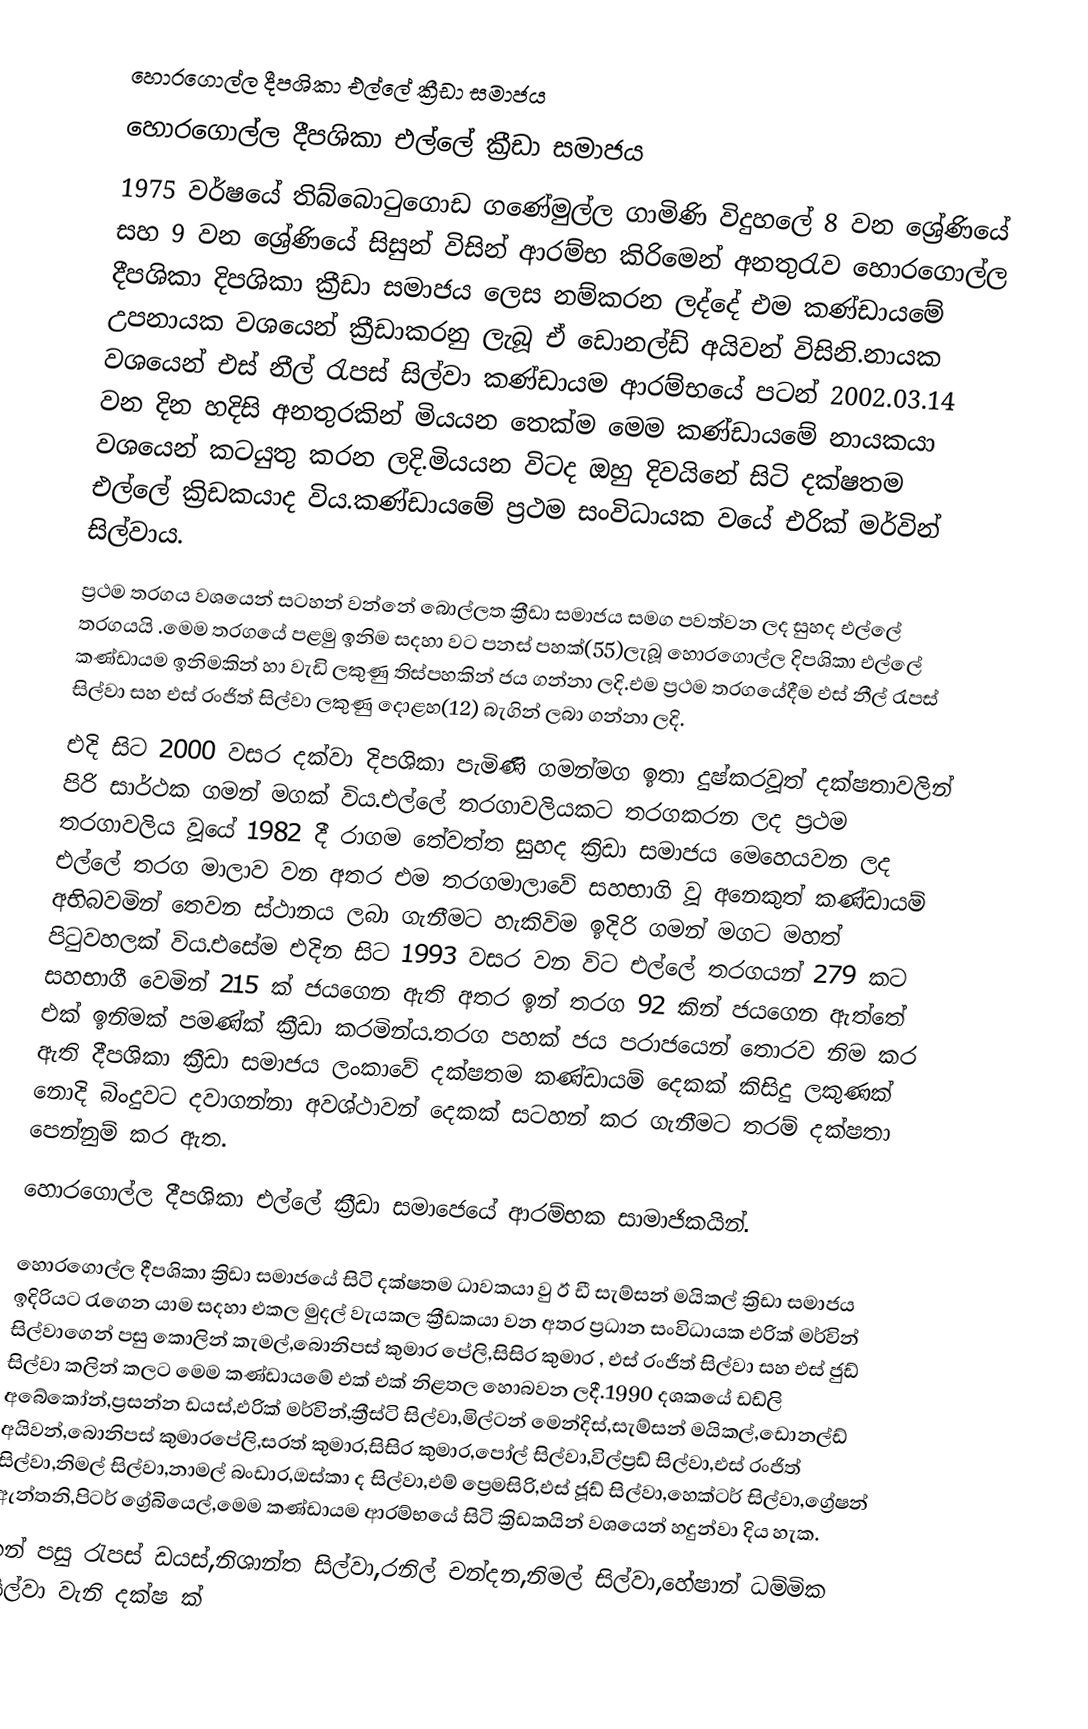
හොරගොල්ල දීපශිකා එල්ලේ ක්‍රීඩා සමාජය
හොරගොල්ල දීපශිකා එල්ලේ ක්‍රීඩා සමාජය
1975 වර්ෂයේ තිබ්බොටුගොඩ ගණේමුල්ල ගාමිණි විදුහලේ 8 වන ශ්‍රේණියේ සහ 9 වන ශ්‍රේණියේ සිසුන් විසින් ආරම්භ කිරිමෙන් අනතුරැව හොරගොල්ල දීපශිකා දිපශිකා ක්‍රීඩා සමාජය ලෙස නම්කරන ලද්දේ එම කණ්ඩායමේ උපනායක වශයෙන් ක්‍රීඩාකරනු ලැබූ  ඒ ඩොනල්ඩ් අයිවන් විසිනි.නායක වශයෙන් එස් නීල් රැපස් සිල්වා කණ්ඩායම ආරම්භයේ පටන් 2002.03.14 වන දින හදිසි අනතුරකින් මියයන තෙක්ම මෙම කණ්ඩායමේ නායකයා වශයෙන් කටයුතු කරන ලදි.මියයන විටද ඔහු දිවයිනේ සිටි දක්ෂතම එල්ලේ ක්‍රිඩකයාද විය.කණ්ඩායමේ ප්‍රථම සංවිධායක වයේ එරික් මර්වින් සිල්වාය.
ප්‍රථම තරගය වශයෙන් සටහන් වන්නේ බොල්ලත ක්‍රීඩා සමාජය සමග පවත්වන ලද සුහද එල්ලේ තරගයයි .මෙම තරගයේ පළමු ඉනිම සදහා වට පනස් පහක්(55)ලැබූ හොරගොල්ල දිපශිකා එල්ලේ කණ්ඩායම ඉනිමකින් හා වැඩි ලකුණු තිස්පහකින් ජය ගන්නා ලදි.එම ප්‍රථම තරගයේදීම එස් නීල් රැපස් සිල්වා සහ එස් රංජිත් සිල්වා ලකුණු දොළහ(12) බැගින් ලබා ගන්නා ලදි.
එදි සිට 2000 වසර දක්වා දිපශිකා පැමිණි ගමන්මග ඉතා දුෂ්කරවූත් දක්ෂතාවලින් පිරි සාර්ථක ගමන් මගක් විය.එල්ලේ තරගාවලියකට තරගකරන ලද ප්‍රථම තරගාවලිය වූයේ 1982 දී රාගම තේවත්ත සුහද ක්‍රිඩා සමාජය මෙහෙයවන ලද එල්ලේ තරග මාලාව වන අතර එම තරගමාලාවේ සහභාගි වූ අනෙකුත් කණ්ඩායම් අභිබවමින් තෙවන ස්ථානය ලබා ගැනීමට හැකිවිම ඉදිරි ගමන් මගට මහත් පිටුවහලක් විය.එසේම එදින සිට 1993 වසර වන විට එල්ලේ තරගයන් 279 කට සහභාගී වෙමින් 215 ක් ජයගෙන ඇති අතර ඉන් තරග 92 කින් ජයගෙන ඇත්තේ එක් ඉනිමක් පමණ්ක් ක්‍රීඩා කරමින්ය.තරග පහක් ජය පරාජයෙන් තොරව නිම කර ඇති දීපශිකා ක්‍රීඩා සමාජය ලංකාවේ දක්ෂතම කණ්ඩායම් දෙකක් කිසිදු ලකුණක් නොදි බිංදුවට දවාගන්නා අවශ්ථාවන් දෙකක් සටහන් කර ගැනීමට තරම් දක්ෂතා පෙන්නුම් කර ඇත.
හොරගොල්ල දීපශිකා එල්ලේ ක්‍රීඩා සමාජෙයේ ආරම්භක සාමාජිකයින්.

හොරගොල්ල දීපශිකා ක්‍රිඩා සමාජයේ සිටි දක්ෂතම ධාවකයා වු ඊ ඩී සැම්සන් මයිකල් ක්‍රිඩා සමාජය ඉදිරියට රැගෙන යාම සදහා එකල මුදල් වැයකල ක්‍රීඩකයා වන අතර ප්‍රධාන සංවිධායක එරික් මර්වින් සිල්වාගෙන් පසු කොලින් කැමල්,බොනිපස් කුමාර පේලි,සිසිර කුමාර , එස් රංජිත් සිල්වා සහ එස් ජුඩ් සිල්වා කලින් කලට මෙම කණ්ඩායමේ එක් එක් නිළතල හොබවන ලදී.1990 දශකයේ ඩඩ්ලි අබේකෝන්,ප්‍රසන්න ඩයස්,එරික් මර්වින්,ක්‍රීස්ටි සිල්වා,මිල්ටන් මෙන්දිස්,සැම්සන් මයිකල්,ඩොනල්ඩ් අයිවන්,බොනිපස් කුමාරපේලි,සරත් කුමාර,සිසිර කුමාර,පෝල් සිල්වා,විල්ප්‍රඩ් සිල්වා,එස් රංජිත් සිල්වා,නිමල් සිල්වා,නාමල් බංඩාර,ඔස්කා ද සිල්වා,එම් ප්‍රෙමසිරි,එස් ජූඩ් සිල්වා,හෙක්ටර් සිල්වා,ග්‍රේෂන් ඇන්තනි,පිටර් ග්‍රේබියෙල්,මෙම කණ්ඩායම ආරම්භයේ සිටි ක්‍රිඩකයින් වශයෙන් හදුන්වා දිය හැක.
ඉන් පසු රැපස් ඩයස්,නිශාන්ත සිල්වා,රනිල් චන්දන,නිමල් සිල්වා,හේෂාන් ධම්මික සිල්වා වැනි දක්ෂ ක්‍